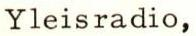
Yleisradio,